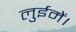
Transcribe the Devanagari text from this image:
लुईमें।